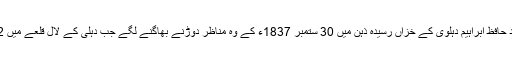
گلاب کی پتیاں بکھیری جا رہی تھیں تو استاد حافظ ابراہیم دہلوی کے خزاں رسیدہ ذہن میں 30 ستمبر 1837ء کے وہ مناظر دوڑنے بھاگنے لگے جب دہلی کے لال قلعے میں 62 برس کے بہادر شاہ ظفر کو تاج پہنایاگیا۔